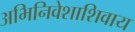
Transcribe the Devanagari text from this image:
अभिनिवेशाशिवाय